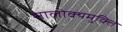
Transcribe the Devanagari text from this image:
सालोक्यमुक्ति